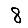
Digit: 8